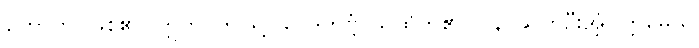
ဟောတိ၊ ဖြစ်၏။ ဣတိ၊ ဤသို့။ ဝေဒိတဗ္ဗံ၊ သိထိုက်၏။ ပန၊ ဆက်ဦးအံ့။ ဣမေသု